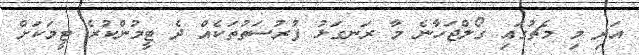
އަދި މި މެޗުގައި ގޯލްޖަހާނެ މާ ރަނގަޅު ފުރުސަތުތަކެއް ދެ ޓީމުންކުރެ ޓީމަކަށް